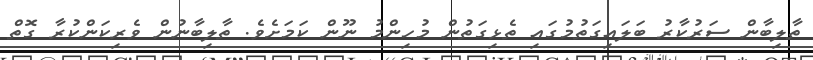
ތާލިބާން ސަރުކާރު ބަލައިގަތުމުގައި ތެޅިގަތުން މުހިންމު ނޫން ކަމަށެވެ. ތާލިބާނުން ވެރިކަންކުރާ ގޮތް